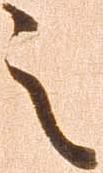
之